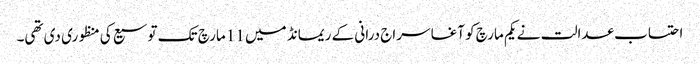
احتساب عدالت نے یکم مارچ کو آغا سراج درانی کے ریمانڈ میں 11 مارچ تک توسیع کی منظوری دی تھی۔